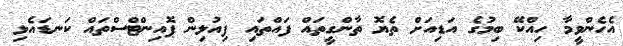
އެހެންވީމާ ހިއްކޭ ބިމުގެ އަޑިއަށް ތެޔޮ ތާންގީތައް ފައްތައި ފިއުލިން ޕޮއިންޓްސްތައް ކަނޑައެޅި